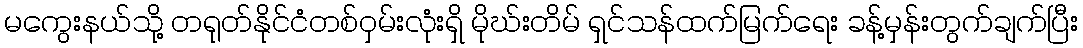
မကွေးနယ်သို့ တရုတ်နိုင်ငံတစ်ဝှမ်းလုံးရှိ မိုဃ်းတိမ် ရှင်သန်ထက်မြက်ရေး ခန့်မှန်းတွက်ချက်ပြီး